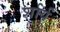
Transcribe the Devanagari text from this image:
र्शार्य